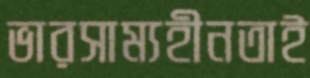
ভারসাম্যহীনতাই